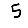
Digit: 5